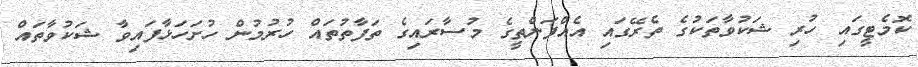
ކޮމެޓީގައި ހުރި ޝަކުވާތަކުގެ ތެރޭގައި އެއްފަންތީގެ މުސާރައިގެ ތަފާތުތައް ހުރުމުން ހުށަހަޅާފައިވާ ޝަކުވާތައް